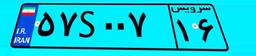
۵۷S۰۰۷۱۶